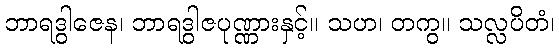
ဘာရဒွါဇေန၊ ဘာရဒွါဇပုဏ္ဏားနှင့်။ သဟ၊ တကွ။ သလ္လပိတံ၊